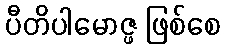
ပီတိပါမောဇ္ဖ ဖြစ်စေ